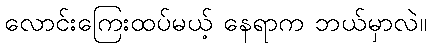
လောင်းကြေးထပ်မယ့် နေရာက ဘယ်မှာလဲ။